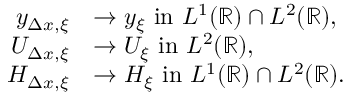
\begin{array} { r l } { y _ { \Delta x , \xi } } & { \rightarrow y _ { \xi } \mathrm { ~ i n ~ } L ^ { 1 } ( \mathbb { R } ) \cap L ^ { 2 } ( \mathbb { R } ) , } \\ { U _ { \Delta x , \xi } } & { \rightarrow U _ { \xi } \mathrm { ~ i n ~ } L ^ { 2 } ( \mathbb { R } ) , } \\ { H _ { \Delta x , \xi } } & { \rightarrow H _ { \xi } \mathrm { ~ i n ~ } L ^ { 1 } ( \mathbb { R } ) \cap L ^ { 2 } ( \mathbb { R } ) . } \end{array}